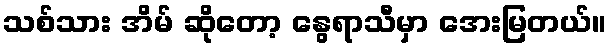
သစ်သား အိမ် ဆိုတော့ နွေရာသီမှာ အေးမြတယ်။